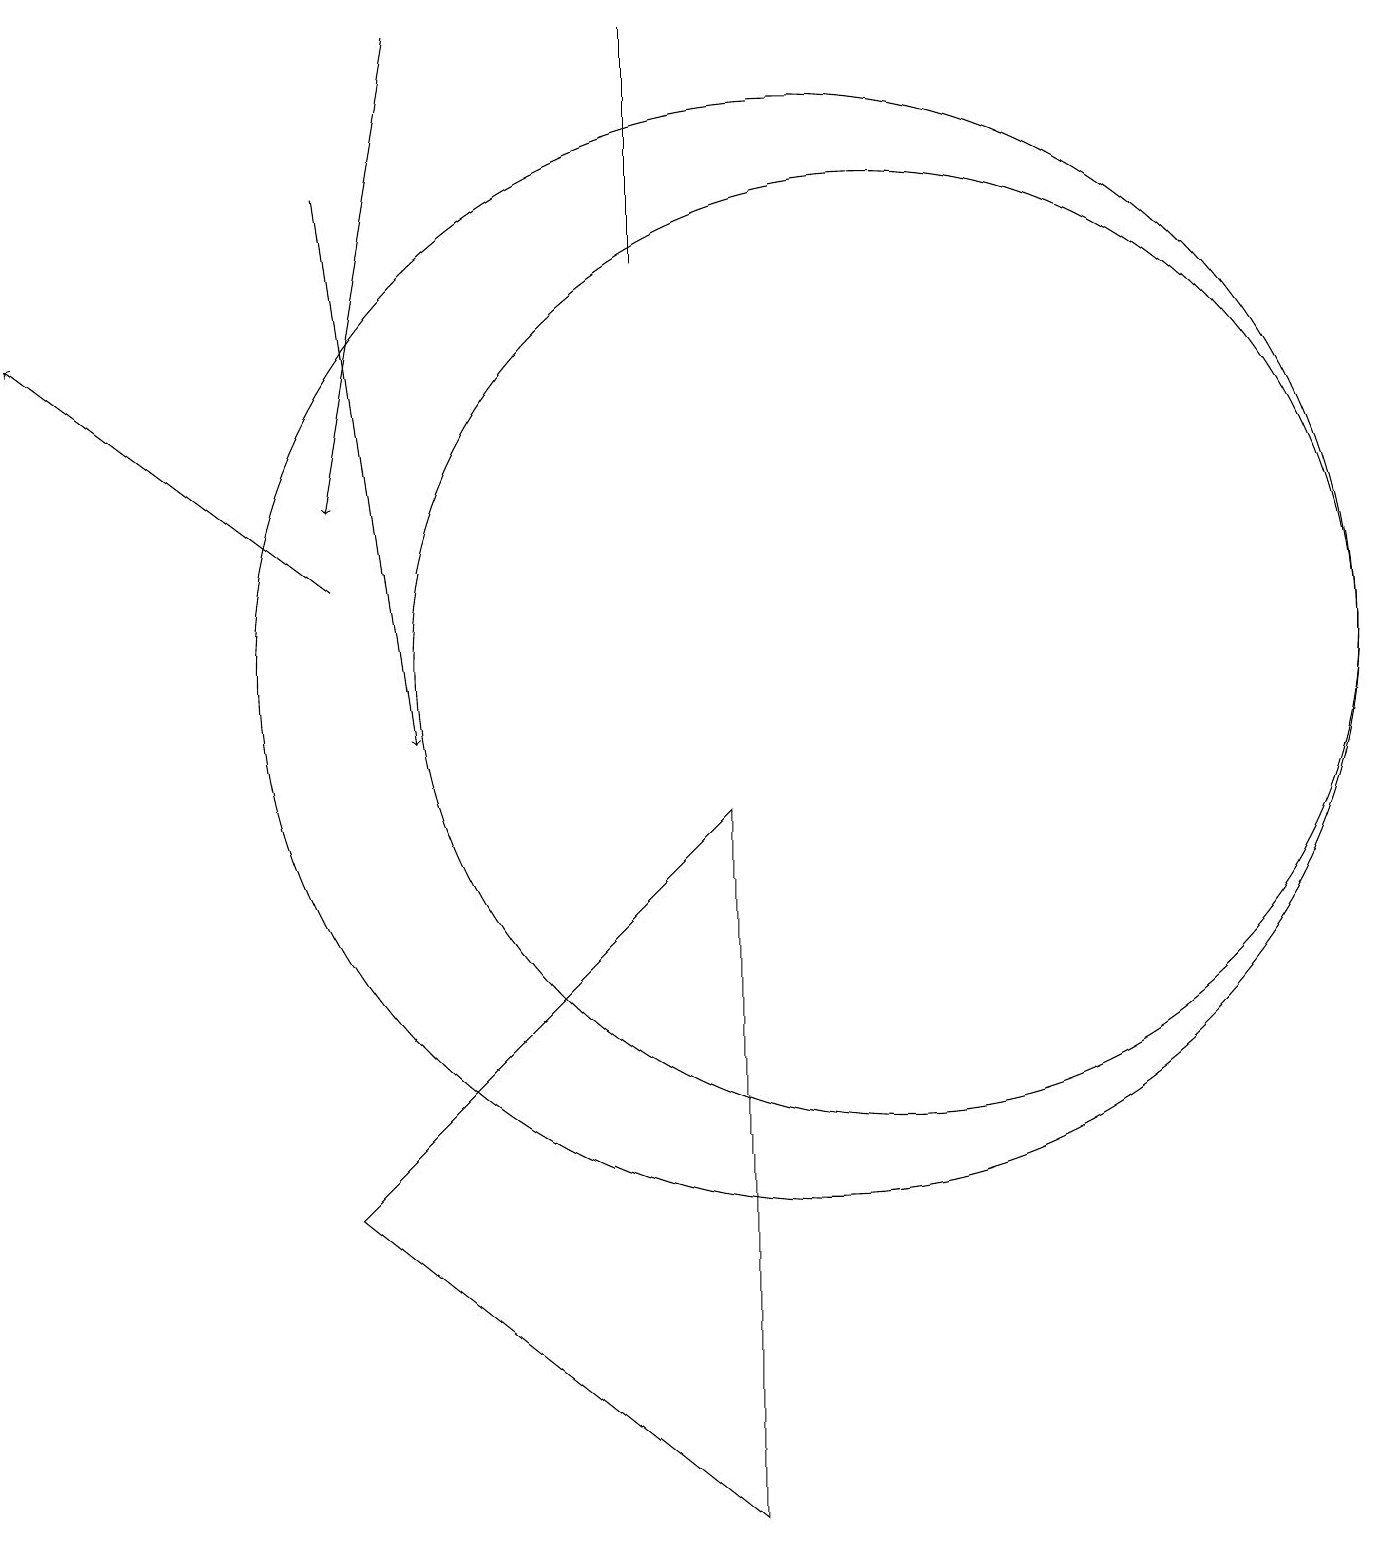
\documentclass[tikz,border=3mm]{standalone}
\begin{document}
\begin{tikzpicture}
\draw (9,0) -- (4,4) -- (9,9) -- cycle;
\draw[->] (4,17) -- (5,10);
\draw (10,11) circle (7);
\draw (11,11) circle (6);
\draw[->] (5,19) -- (4,13);
\draw (8,19) rectangle (8,16);
\draw[->] (4,12) -- (0,15);
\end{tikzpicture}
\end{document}